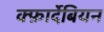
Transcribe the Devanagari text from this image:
क्फ़ार्देबियन